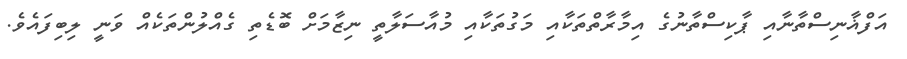
އަފްޣާނިސްތާނާއި ޕާކިސްތާނުގެ އިމާރާތްތަކާއި މަގުތަކާއި މުއާސަލާތީ ނިޒާމަށް ބޮޑެތި ގެއްލުންތަކެއް ވަނީ ލިބިފައެވެ.